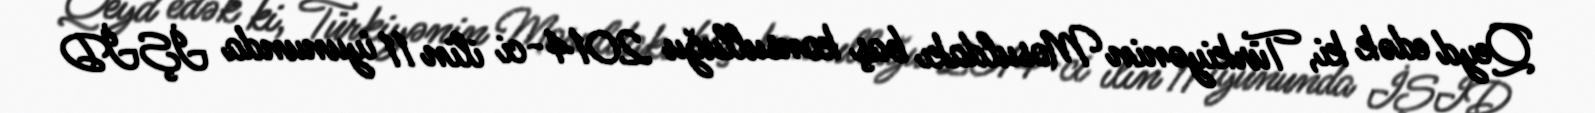
Qeyd edək ki, Türkiyənin Mosuldakı baş konsulluğu 2014-ci ilin 11 iyununda İŞİD